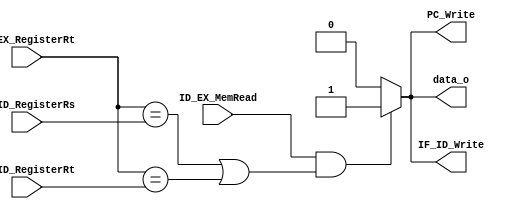
module Hazard_Detect
(
    ID_EX_MemRead,
    IF_ID_RegisterRs,
    IF_ID_RegisterRt,
    ID_EX_RegisterRt,
    PC_Write,
    IF_ID_Write,
    data_o
);

input               ID_EX_MemRead;
input       [4:0]   IF_ID_RegisterRs, IF_ID_RegisterRt, ID_EX_RegisterRt;
output reg          PC_Write, IF_ID_Write, data_o;

always @(*) begin
  data_o      = 1'b0;
  PC_Write    = 1'b0;
  IF_ID_Write = 1'b0;
  if (ID_EX_MemRead &&
      (ID_EX_RegisterRt == IF_ID_RegisterRs || ID_EX_RegisterRt == IF_ID_RegisterRt)) begin 
      data_o = 1'b1;
      PC_Write    = 1'b1;
      IF_ID_Write = 1'b1;
    end
end

endmodule